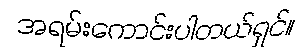
အရမ်းကောင်းပါတယ်ရှင်။